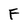
Character: F